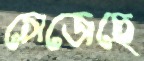
সেজেছে